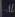
al